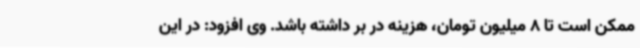
ممکن است تا 8 میلیون تومان، هزینه در بر داشته باشد. وی افزود: در این